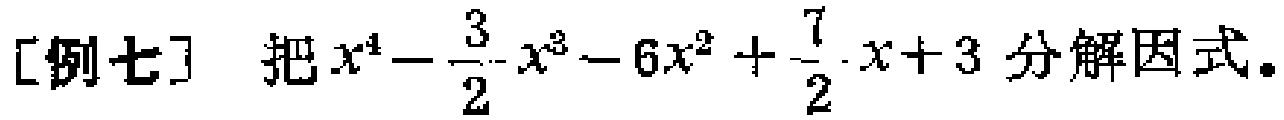
[例七] 把\(x^{4}-\frac{3}{2}x^{3}-6x^{2}+\frac{7}{2}x + 3\)分解因式。